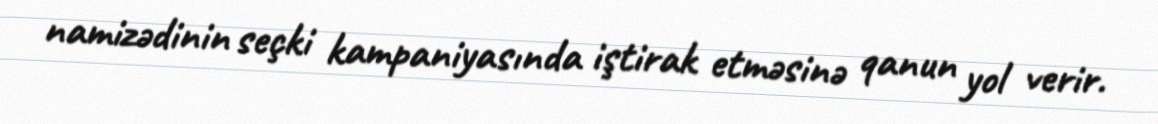
namizədinin seçki kampaniyasında iştirak etməsinə qanun yol verir.